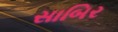
સાબિર